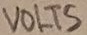
Text: VOLTS